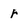
Character: r